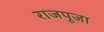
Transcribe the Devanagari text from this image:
राजपूजा